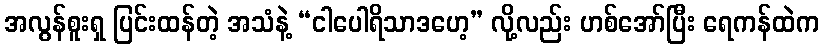
အလွန်စူးရှ ပြင်းထန်တဲ့ အသံနဲ့ “ငါပေါရိသာဒဟေ့” လို့လည်း ဟစ်အော်ပြီး ရေကန်ထဲက